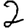
Digit: 2